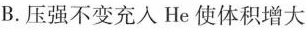
B.压强不变充入He使体积增大